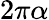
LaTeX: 2\pi\alpha